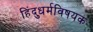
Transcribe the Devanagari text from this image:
हिंदुधर्मविषयक